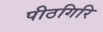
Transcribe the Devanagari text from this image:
पीठगिरि